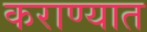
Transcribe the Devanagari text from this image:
कराण्यात